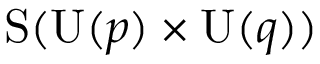
\mathrm { S } ( \mathrm { U } ( p ) \times \mathrm { U } ( q ) )